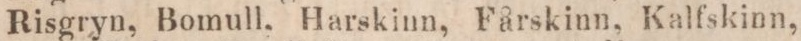
Risgryn, Bomull, Harskinn, Fårskinn, Kalfskinn,